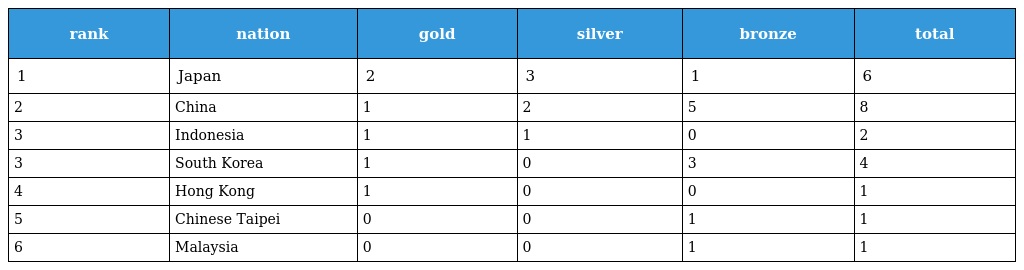
| rank | nation | gold | silver | bronze | total |
 | --- | --- | --- | --- | --- | --- |
 | 1 | Japan | 2 | 3 | 1 | 6 |
 | 2 | China | 1 | 2 | 5 | 8 |
 | 3 | Indonesia | 1 | 1 | 0 | 2 |
 | 3 | South Korea | 1 | 0 | 3 | 4 |
 | 4 | Hong Kong | 1 | 0 | 0 | 1 |
 | 5 | Chinese Taipei | 0 | 0 | 1 | 1 |
 | 6 | Malaysia | 0 | 0 | 1 | 1 |